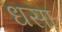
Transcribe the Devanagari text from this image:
धसा